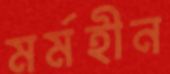
মর্মহীন